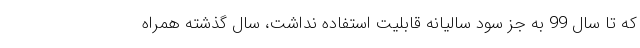
که تا سال 99 به جز سود سالیانه قابلیت استفاده نداشت، سال گذشته همراه